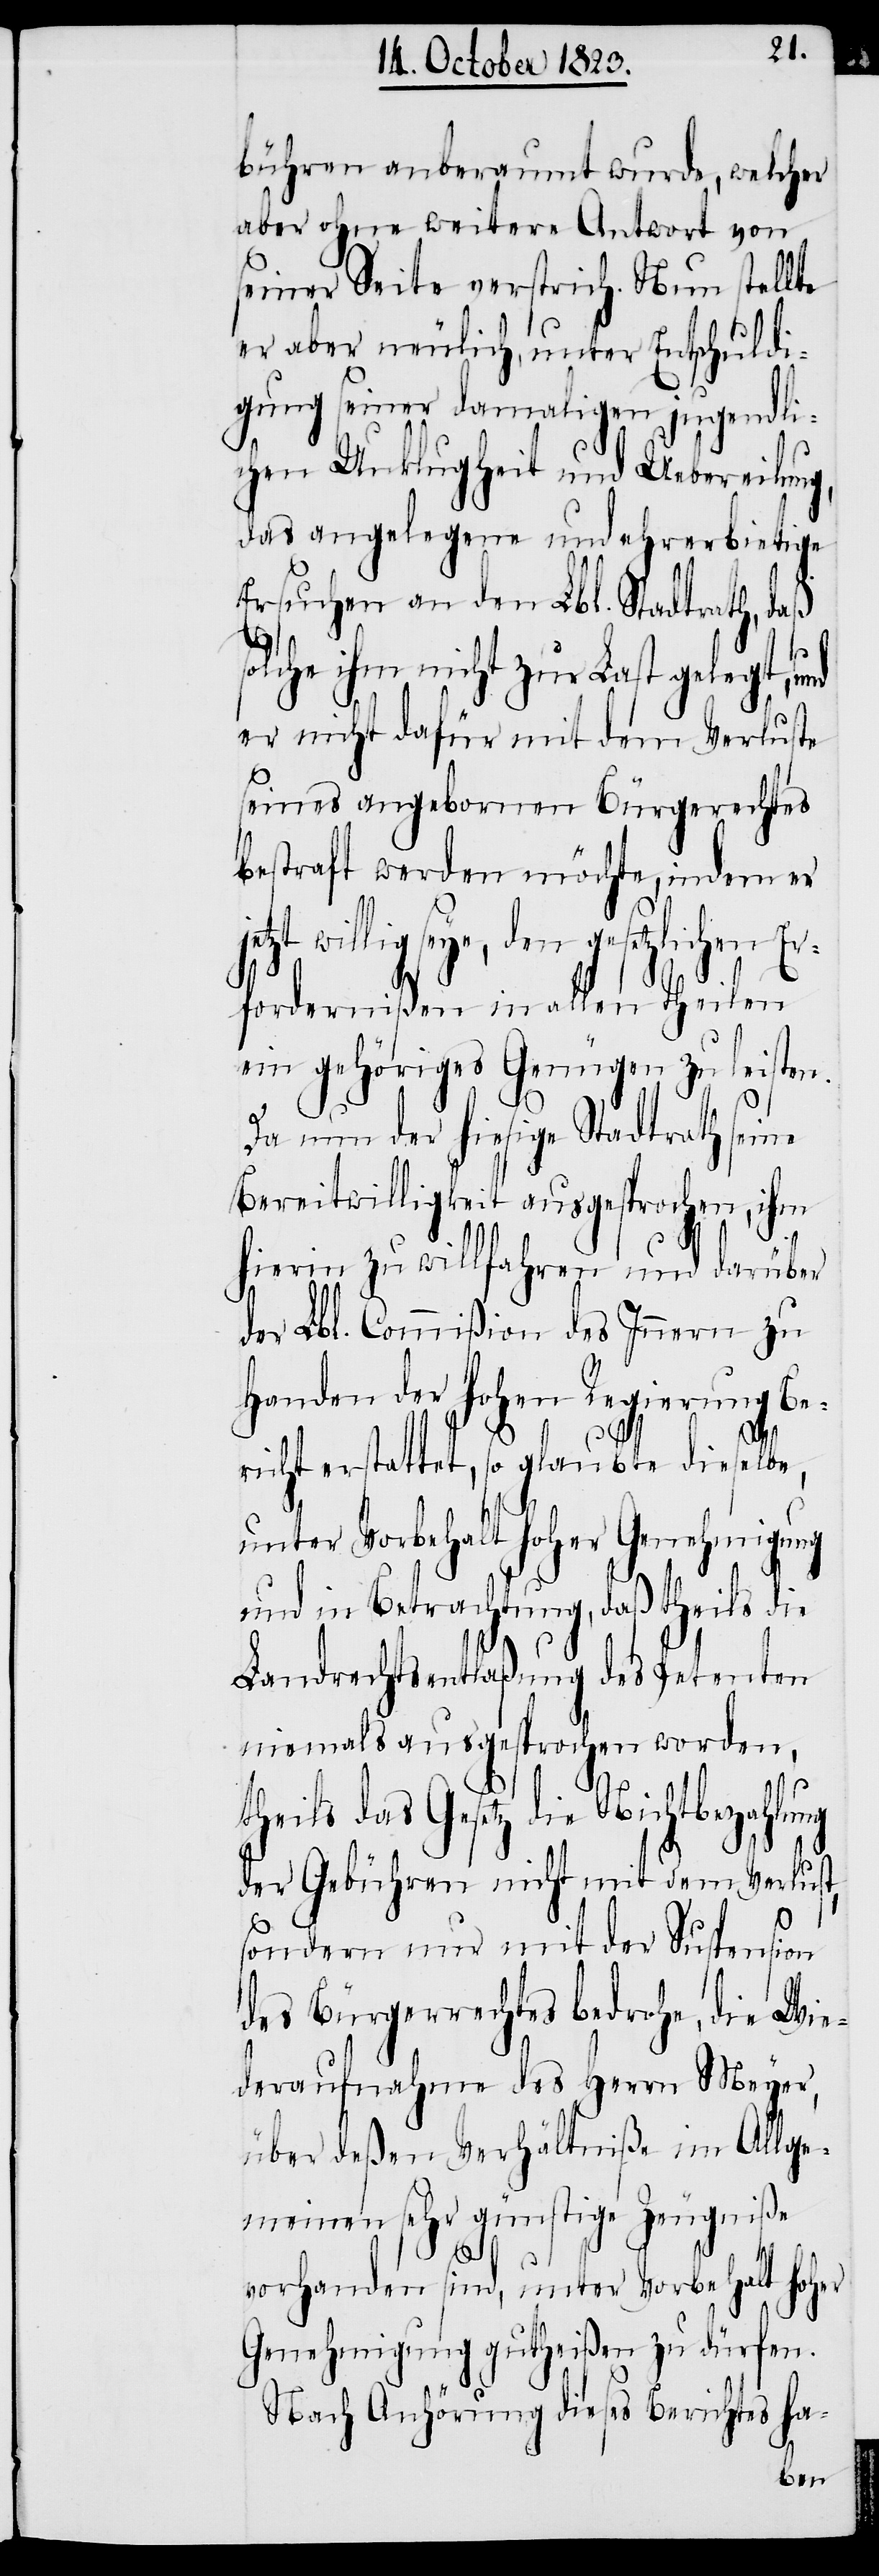
bühren anberaumt wurde, welcher
aber ohne weitere Antwort von
seiner Seite verstrich. Nun stellte
er aber neulich, unter Entschuldi¬
gung seiner damaligen jugendli¬
chen Unklugheit und Uebereilung,
das angelegene und ehrerbietige
Ersuchen an den Lbl. Stadtrath, daß
solche ihm nicht zur Last gelegt,
er nicht dafür mit dem Verluste
seines angebornen Bürgerechtes
bestraft werden möchte, indem er
seye, den gesetzlichen Er¬
fordernißen in allen Theilen
ein gehöriges Genügen zu leisten.
Da nun der hiesige Stadtrath seine
Bereitwilligkeit ausgesprochen, ihm
hierin zu willfahren und darüber
der Lbl. Commißion des Innern zu
Handen der hohen Regierung B¬
richt erstattet, so glaubte dieselbe,
unter Vorbehalt hoher Genehmigung
und in Betrachtung, daß theils die
Landrechtsentlaßung des Petenten
niemals ausgesprochen worden,
theils das Gesetz die Nichtbezahlung
der Gebühren nicht mit dem Verlust,
sondern nur mit der Suspension
des Bürgerrechtes bedrohe, die Wie¬
deraufnahme des Herrn Meyer,
über deßen Verhältniße im Allge¬
meinen sehr günstige Zeugniße
vorhanden sind, unter Vorbehalt hoher
Genehmigung gutheißen zu dürfen.
Nach Anhörung dieses Berichtes ha-
e¬